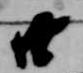
廿